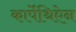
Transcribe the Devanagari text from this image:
कार्पेथिऐन